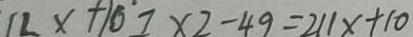
1 2 x + 1 0 7 \times 2 - 4 9 = 2 1 1 x + 1 0